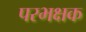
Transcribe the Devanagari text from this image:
परभक्षक